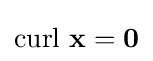
\mathrm {curl} \ \mathbf {x} =\mathbf {0}